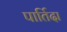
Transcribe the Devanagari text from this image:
पार्तिदा